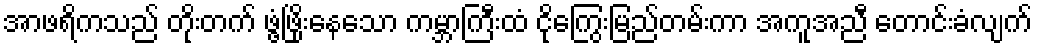
အာဖရိကသည် တိုးတက် ဖွံ့ဖြိုးနေသော ကမ္ဘာကြီးထံ ငိုကြွေးမြည်တမ်းကာ အကူအညီ တောင်းခံလျက်